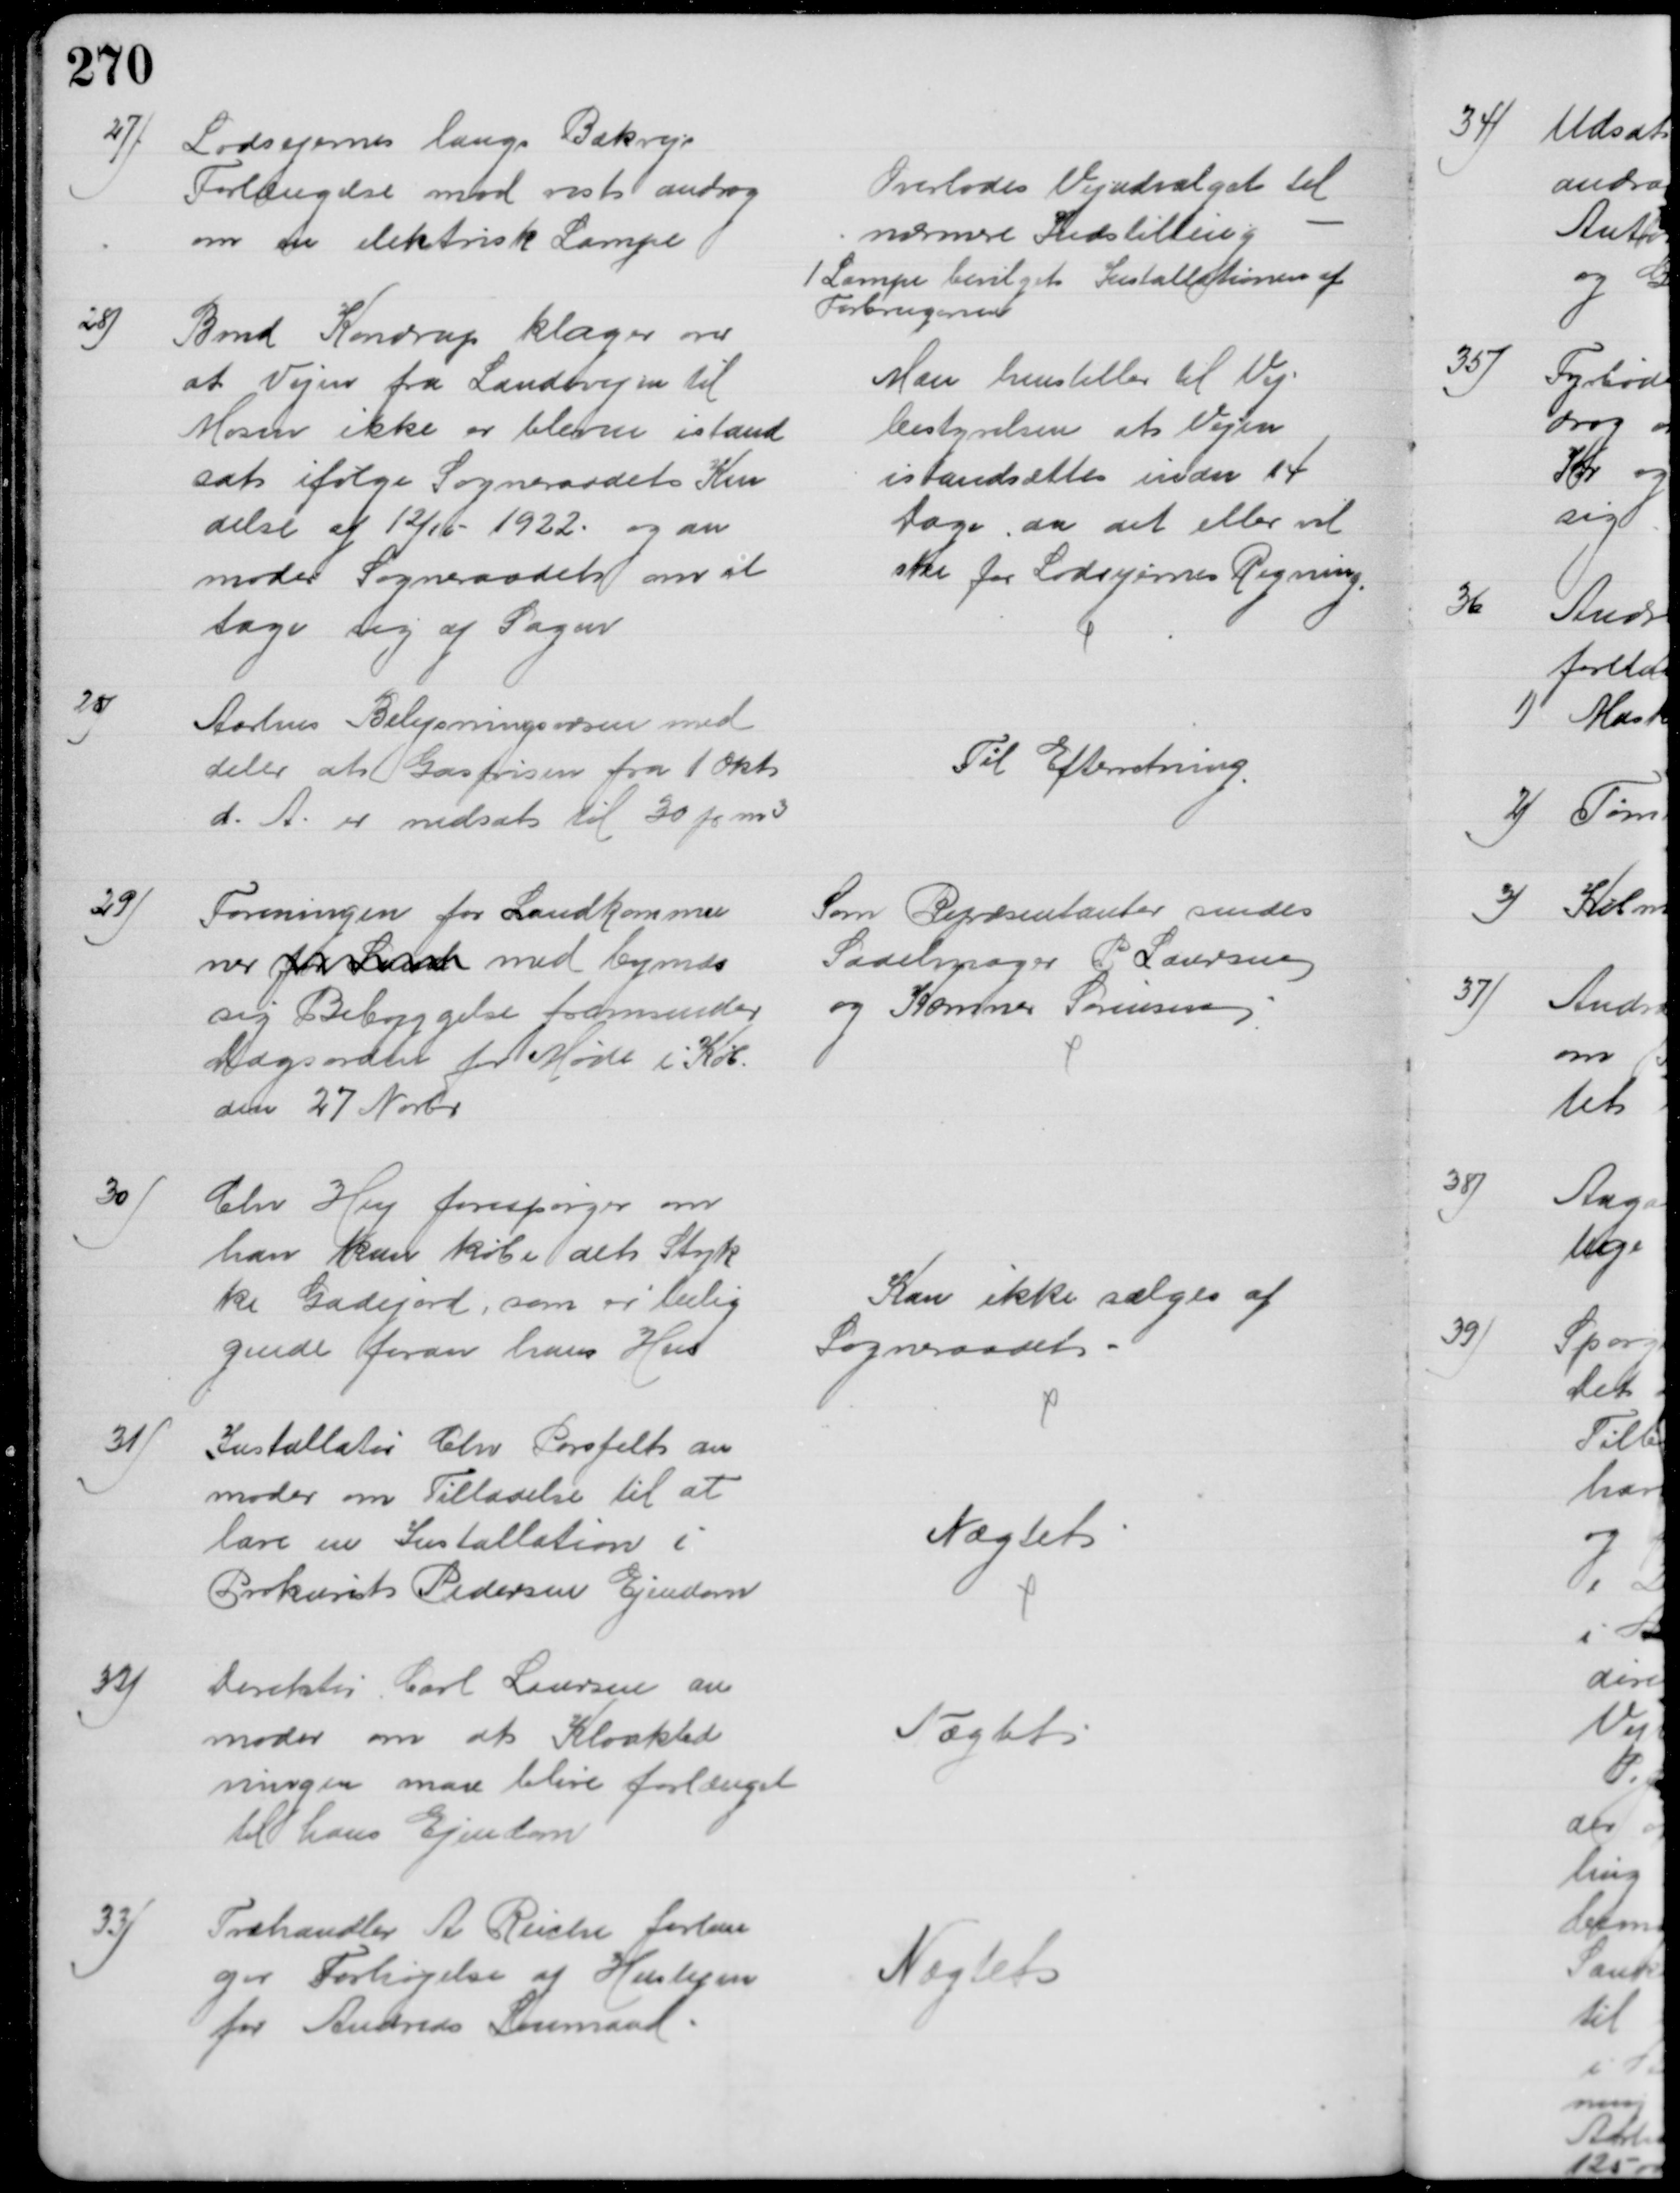
Transskription:
27)
Lodsejerne langs Bækvejs
Forlængelse mod vest androg
om en elektrisk Lampe
Overlodes Vejudvalget til 
nærmere Indstilling
1 Lampe bevilget Installationen af
Forbrugerne
28)
Bmd Kondrup klager over
at Vejen fra Landevejen til 
Mosen ikke er bleven istand
sat ifølge Sogneraadets Ken
delse af 12/10 - 1922 og an
moder Sogneraadet om at 
tage sig af Sagen
Man henstiller til Vej-
bestyrelsen at Vejen
istandsættes inden 14
Dage da det eller vil
ske for Lodsejernes Regning
28)
Aarhus Belysningsvæsen med
deler at Gasprisen fra 1 Okt
d. A. er nedsat til 30 pr m3
Til Efterretning
29)
Foreningen for Landkommu
ner for Land med bymæs
sig Bebyggelse fremsender
Dagsorden for Møde i Køb.
den 27 Novbr
Som Repræsentanter sendes
Sadelmager P Laursen
og Kæmner Sørensen
30)
Chr Hey forespørger om
han kan købe det Styk
ke Gadejord, som er belig
gende foran hans Hus
Kan ikke sælges af
Sogneraadet
31)
Installatør Chr Porsfelt an
moder om Tilladelse til at
lave en Installation i
Prokurist Pedersen Ejendom
Nægtet
32)
Direktør Carl Laursen an
moder om at Kloakled
ningen maa blive forlænget
til hans Ejendom
Nægtet
33)
Træhandler A Reiche forlan
ger Forhøjelse af Huslejen
for Andreas Loumand
Nægtet